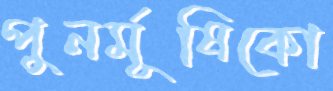
পুনর্মূষিকো